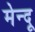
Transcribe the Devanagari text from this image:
मेन्दू